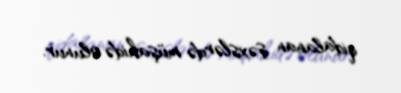
qidalanan şəxslərdə müşahidə olunur.